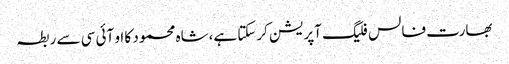
بھارت فالس فلیگ آپریشن کرسکتا ہے،شاہ محمود کا او آئی سی سے ربطہ